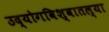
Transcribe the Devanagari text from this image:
उद्योगविश्वातल्या